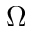
\Omega